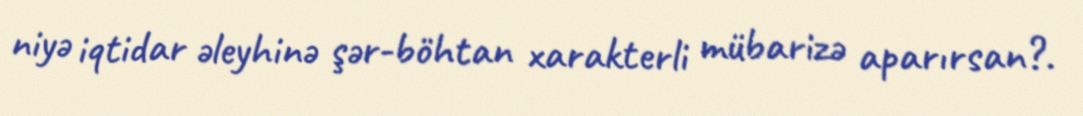
niyə iqtidar əleyhinə şər-böhtan xarakterli mübarizə aparırsan?.